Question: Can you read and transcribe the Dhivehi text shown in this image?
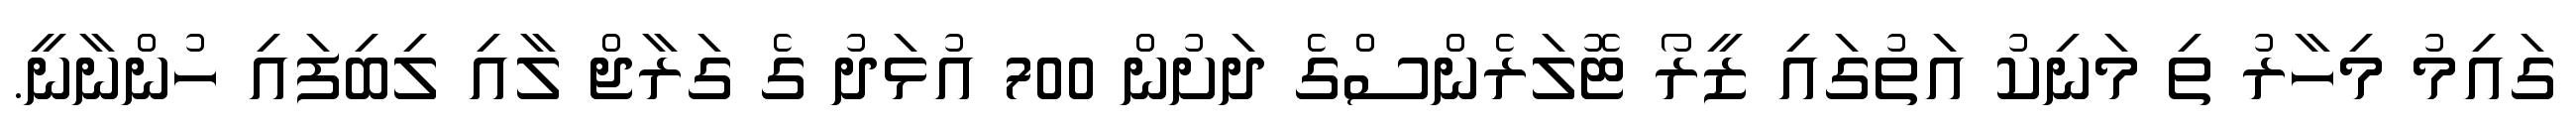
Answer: ގައިމު މިހާރު ތި މަނިކު އަތުގައި ޒީރޯ ޓޮލަރެންސްގެ ދަށުން 700 އުޅަދު ގެ ގަރާޖް ލާއި ލިބިފައި ހުންނާނީ.